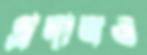
প্রদানও